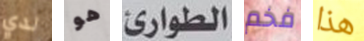
لدي هو الطوارئ فخم هذا